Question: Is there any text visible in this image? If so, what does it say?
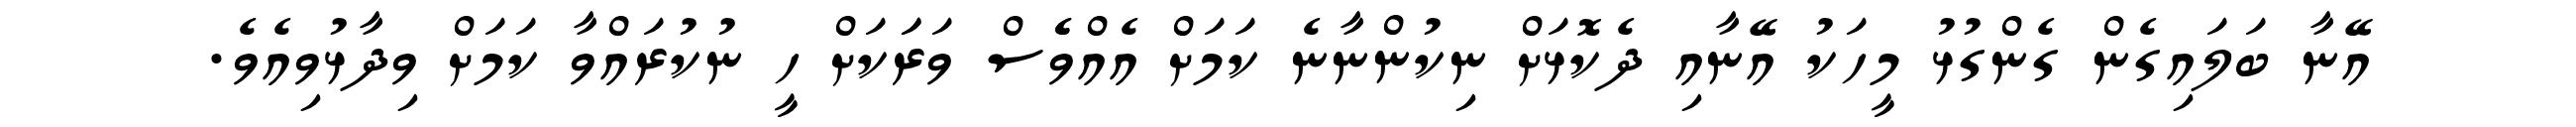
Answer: އޭނާ ބަލައިގެން ގެންގުޅު މީހަކު އޭނާއި ދެކޮޅަށް ނިކުންނާނެ ކަމަށް އެއްވެެސް ވަރަަކަށް ހީ ނުކުރައްވާ ކަމަށް ވިދާޅުވިއެވެ.